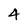
Character: 4